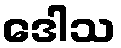
ဒေါသ